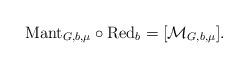
LaTeX: \begin{align*} \mathrm{Mant}_{G, b, \mu} \circ \mathrm{Red}_b= [\mathcal{M}_{G, b, \mu}].\end{align*}